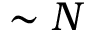
\sim N